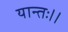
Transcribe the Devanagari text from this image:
यान्तः।।